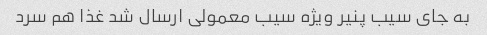
به جای سیب پنیر ویژه سیب معمولی ارسال شد غذا هم سرد